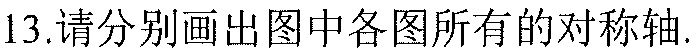
13.请分别画出图中各图所有的对称轴.